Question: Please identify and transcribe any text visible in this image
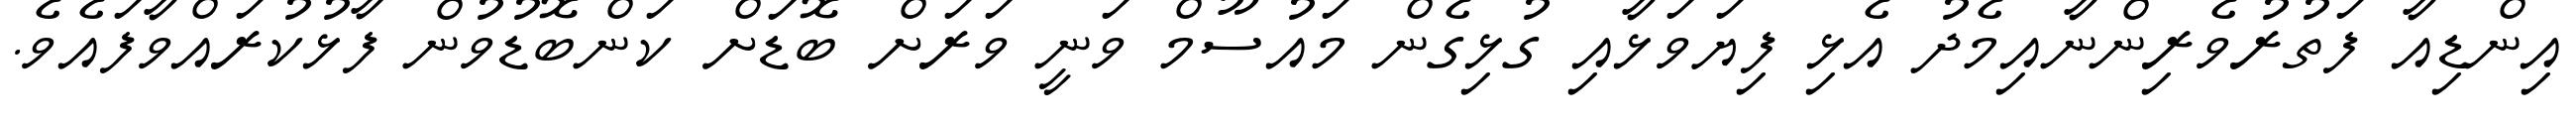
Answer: އިންޑިއާ ފަތުރުވެރިންނާއިމެދު އެޅި ފިޔަވަޅާއި ގުޅިގެން މައުސޫމް ވަނީ ވަރަށް ބޮޑަށް ކަންބޮޑުވުން ފާޅުކުރައްވާފައެވެ.